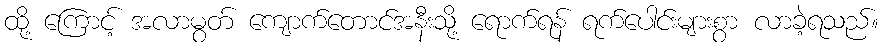
ထို့ ကြောင့် အလာမွတ် ကျောက်တောင်အနီးသို့ ရောက်ရန် ရက်ပေါင်းများစွာ လာခဲ့ရသည်။